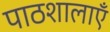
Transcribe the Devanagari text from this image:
पाठशालाऍं